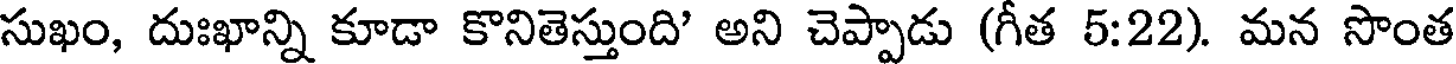
సుఖం, దుఃఖాన్ని కూడా కొనితెస్తుంది' అని చెప్పాడు (గీత 5:22). మన సొంత